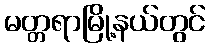
မတ္တရာမြို့နယ်တွင်